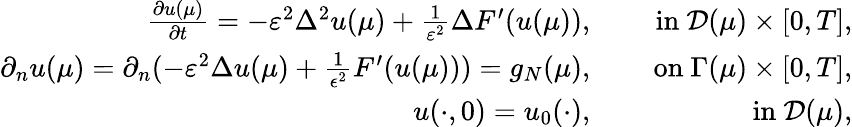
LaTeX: \begin{array}{rlr}{\frac{\partial{u}(\mu)}{\partial{t}}=-\varepsilon^{2}\Delta^{2}u(\mu)+\frac{1}{\varepsilon^{2}}\Delta F^{\prime}(u(\mu)),}&{}&{\mathrm{~in~}{{\mathcal{D}}}(\mu)\times[0,T],}\\ {\partial_{n}u(\mu)=\partial_{n}(-\varepsilon^{2}\Delta u(\mu)+\frac{1}{\epsilon^{2}}F^{\prime}(u(\mu)))=g_{N}(\mu),}&{}&{\mathrm{~on~}{\Gamma}(\mu)\times[0,T],}\\ {u(\cdot,0)=u_{0}(\cdot),}&{}&{\mathrm{~in~}{\mathcal{D}}(\mu),}\end{array}